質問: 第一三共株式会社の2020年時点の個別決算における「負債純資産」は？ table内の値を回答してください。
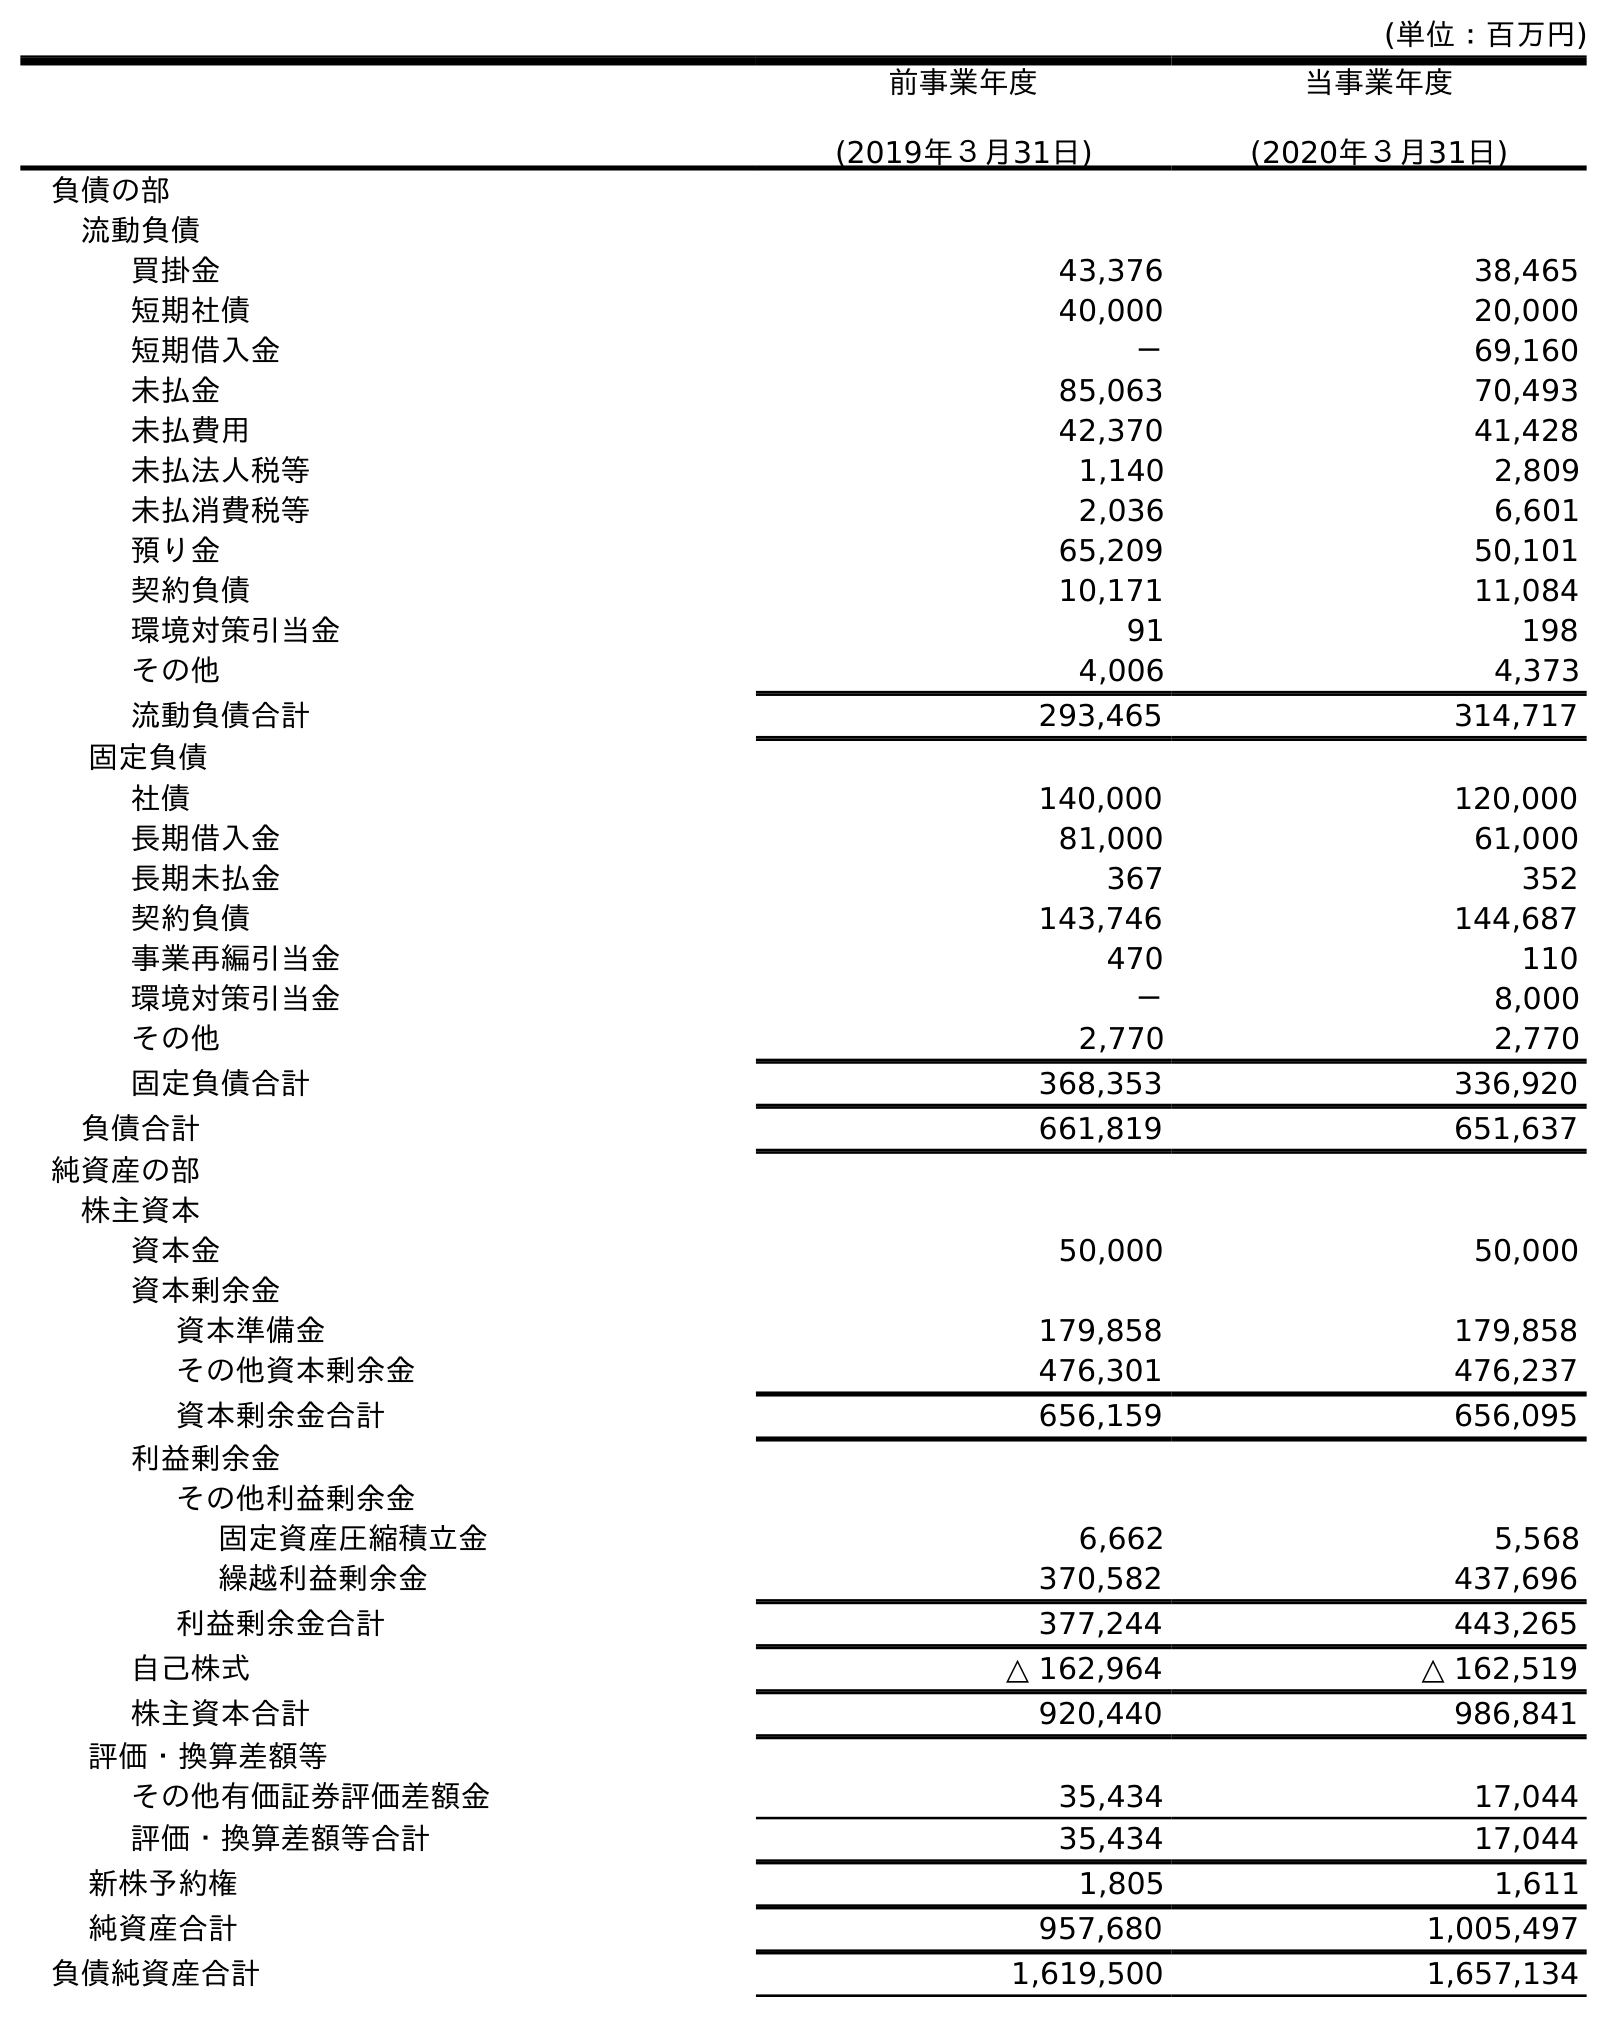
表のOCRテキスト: (単位：百万円) 前事業年度 (2019年３月31日) 当事業年度 (2020年３月31日) 負債の部 流動負債 買掛金 43,376 38,465 短期社債 40,000 20,000 短期借入金 － 69,160 未払金 85,063 70,493 未払費用 42,370 41,428 未払法人税等 1,140 2,809 未払消費税等 2,036 6,601 預り金 65,209 50,101 契約負債 10,171 11,084 環境対策引当金 91 198 その他 4,006 4,373 流動負債合計 293,465 314,717 固定負債 社債 140,000 120,000 長期借入金 81,000 61,000 長期未払金 367 352 契約負債 143,746 144,687 事業再編引当金 470 110 環境対策引当金 － 8,000 その他 2,770 2,770 固定負債合計 368,353 336,920 負債合計 661,819 651,637 純資産の部 株主資本 資本金 50,000 50,000 資本剰余金 資本準備金 179,858 179,858 その他資本剰余金 476,301 476,237 資本剰余金合計 656,159 656,095 利益剰余金 その他利益剰余金 固定資産圧縮積立金 6,662 5,568 繰越利益剰余金 370,582 437,696 利益剰余金合計 377,244 443,265 自己株式 △ 162,964 △ 162,519 株主資本合計 920,440 986,841 評価・換算差額等 その他有価証券評価差額金 35,434 17,044 評価・換算差額等合計 35,434 17,044 新株予約権 1,805 1,611 純資産合計 957,680 1,005,497 負債純資産合計 1,619,500 1,657,134
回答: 1,657,134